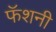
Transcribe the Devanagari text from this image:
फॅशनी